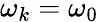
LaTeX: \omega_{k}=\omega_{0}